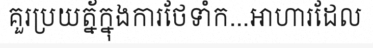
គួរប្រយត្ន័ក្នុងការថែទាំក...អាហារដែល